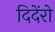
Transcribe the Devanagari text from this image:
दिदेंरो